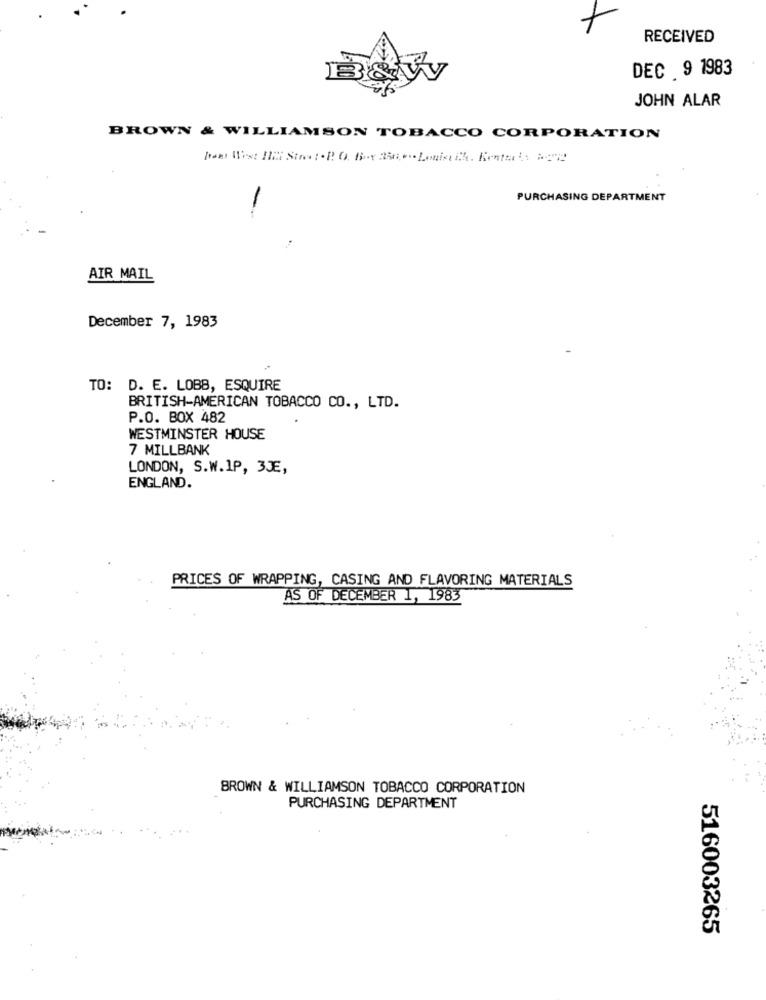
RECEIVED
DEC 9 1983
JOHN ALAR
BROWN & WILLIAMSON TOBACCO CORPORATION
Dos West MIN Strat.P. O. Box 350. Luigih. Entails bene
PURCHASING DEPARTMENT
-
AIR MAIL
December 7, 1983
TO: D. E. LOBB, ESQUIRE
BRITISH-AMERICAN TOBACCO CO ., LTD.
P.O. BOX 482
WESTMINSTER HOUSE
7 MILLBANK
LONDON, S.W.IP, 3JE,
ENGLAND.
PRICES OF WRAPPING, CASING AND FLAVORING MATERIALS
AS OF DECEMBER 1, 1983
BROWN & WILLIAMSON TOBACCO CORPORATION
PURCHASING DEPARTMENT
516003265